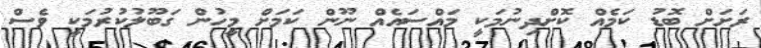
ރަށަށް ބޮޑު ކަމެއް ކޮށްދިނުމަކީ މައްސައެއް ނޫން ކަމަށް މީހުން ގަބޫލުކުރުމަކީ ވެސް